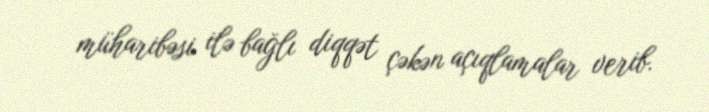
müharibəsi ilə bağlı diqqət çəkən açıqlamalar verib.